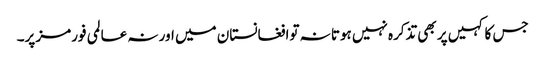
جس کا کہیں پر بھی تذکرہ نہیں ہوتا نہ توافغانستان میں اور نہ عالمی فورمز پر۔